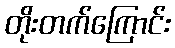
တိုးတက်ကြောင်း